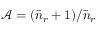
\mathcal { A } = ( \bar { n } _ { r } + 1 ) / \bar { n } _ { r }